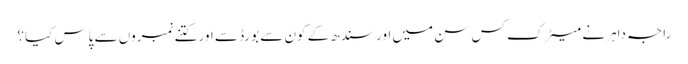
راجہ داہر نے میٹرک کس سن میں اور سندھ کے کون سے بورڈ سے اور کتنے نمبروں سے پاس کیا؟